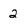
Character: 2